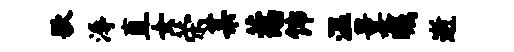
歌溽直女荣某惹饰温曩瞩逝